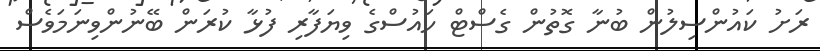
ރަށު ކައުންސިލުން ބުނާ ގޮތުން ގެސްޓް ހައުސްގެ ވިޔަފާރި ފުޅާ ކުރަން ބޭނުންވިނަމަވެސް